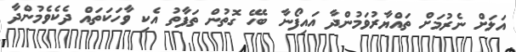
އަލަށް ނެރުމަށް ތައްޔާރުވަމުންދާ އައިފޯނާ ބެހޭ ގޮތުން ތަފާތު އެކި ވާހަކަތައް ދެކެވެމުންދާ